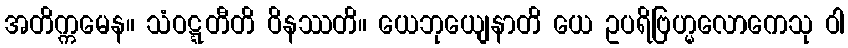
အတိက္ကမေန။ သံဝဋ္ဋတီတိ ဝိနဿတိ။ ယေဘုယျေနာတိ ယေ ဥပရိဗြဟ္မလောကေသု ဝါ